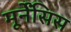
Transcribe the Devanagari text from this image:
मूर्नेंसिस